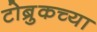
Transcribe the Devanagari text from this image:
टोब्रुकच्या